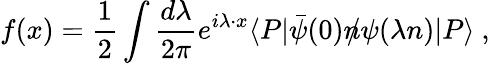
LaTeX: f(x)=\frac 12\int\frac{d\lambda}{2\pi}e^{i\lambda\cdot x}\langle P|\bar{\psi}(0)n\! \! \! /\psi(\lambda n)|P\rangle\ ,